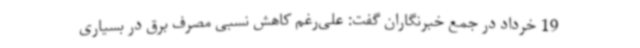
19 خرداد در جمع خبرنگاران گفت: علی‌رغم کاهش نسبی مصرف برق در بسیاری